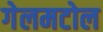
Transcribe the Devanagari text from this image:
गेलमटोल